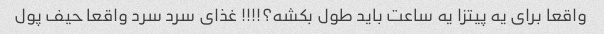
واقعا برای یه پیتزا یه ساعت باید طول بکشه؟!!!! غذای سرد سرد واقعا حیف پول